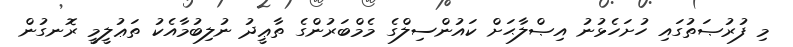
މި ފުރުޞަތުގައި ހުށަހެޅުނު އިޞްލާޙަށް ކައުންސިލްގެ މެމްބަރުންގެ ތާޢީދު ނުލިބުމާއެކު ތަޢުލީމީ ރޮނގުން